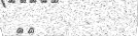
٩٠